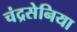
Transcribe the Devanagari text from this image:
चंद्रसेनिया